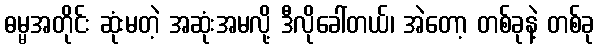
ဓမ္မအတိုင်း ဆုံးမတဲ့ အဆုံးအမလို့ ဒီလိုခေါ်တယ်၊ အဲတော့ တစ်ခုနဲ့ တစ်ခု